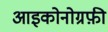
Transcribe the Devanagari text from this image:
आइकोनोग्रफ़ी